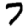
Digit: 7